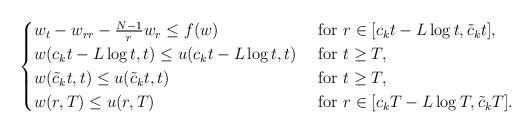
LaTeX: \begin{align*}\begin{cases}w_t-w_{rr}-\frac{N-1}{r}w_r\leq f(w) & \mbox{ for } r\in [c_{k} t-L\log t, \tilde c_k t],\\w(c_{k}t-L\log t,t)\leq u(c_{k}t-L\log t, t) &\mbox{ for } t\geq T,\\w(\tilde c_k t,t)\leq u(\tilde c_k t, t) &\mbox{ for } t\geq T,\\w(r, T)\leq u(r, T) &\mbox{ for } r\in [c_{k}T-L\log T, \tilde c_kT].\end{cases}\end{align*}